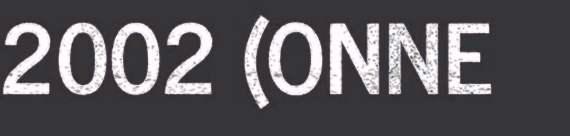
2002 (ONNE